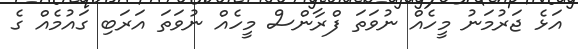
އަޅެ ޖަރުމަނު މީހެއް ނުވަތަ ފްރާންސް މީހެއް ނުވަތަ އަރަބި ގައުމެއް ގެ